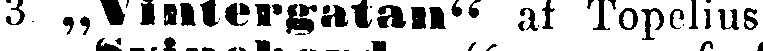
3 „Vintergatan af Topelius